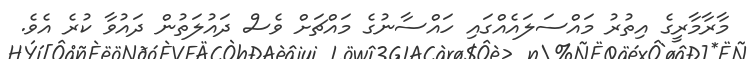
މާރާމާރީގެ އިތުރު މައްސަލައެއްގައި ހައްސާނުގެ މައްޗަށް ވެސް ދައުލަތުން ދައުވާ ކުރެ އެވެ.